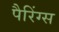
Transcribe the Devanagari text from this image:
पैरिंग्स